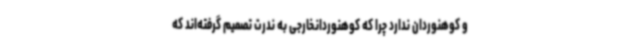
و کوهنوردان ندارد چرا که کوهنوردانخارجی به ندرت تصمیم گرفته‌اند که